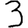
Digit: 3